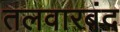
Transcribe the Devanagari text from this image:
तलवारबंद